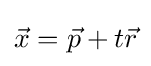
{\vec {x}}={\vec {p}}+t{\vec {r}}